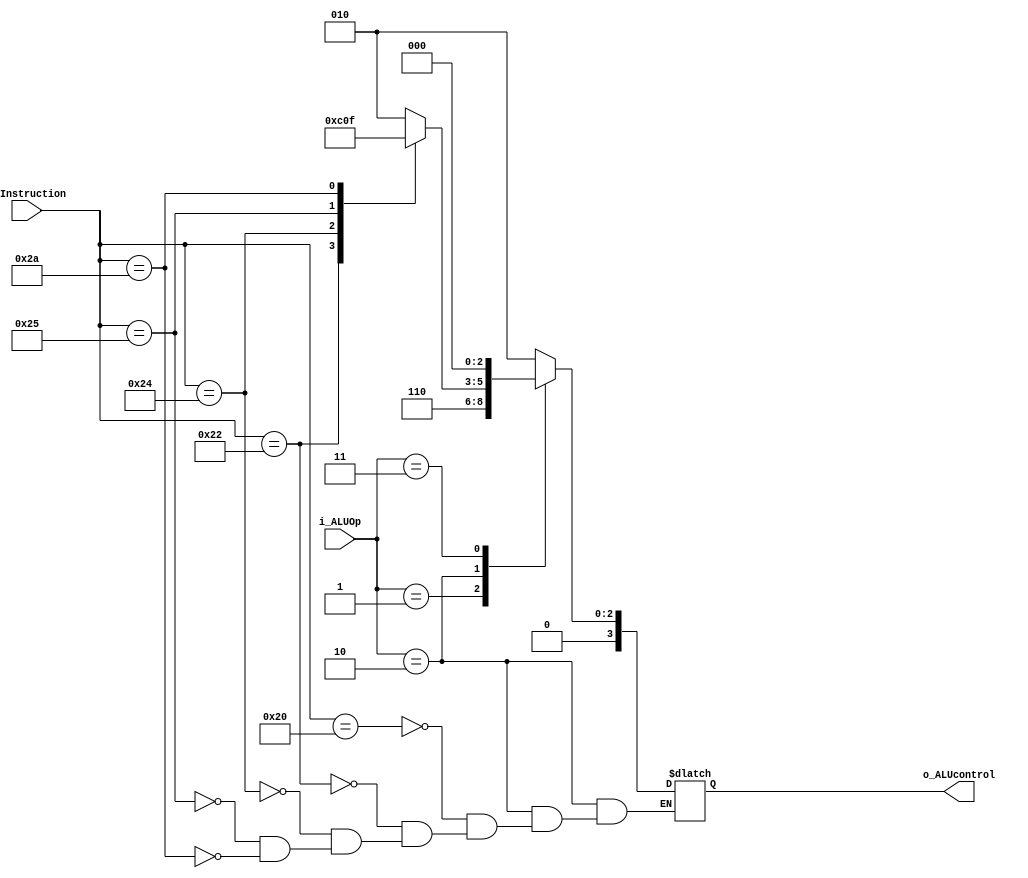
`timescale 1ns / 1ps
module ALUControl (
    input [1:0] i_ALUOp,
    input [5:0] i_Instruction,
    output reg [3:0] o_ALUcontrol
);
  always @(i_ALUOp, i_Instruction) begin
    case (i_ALUOp)
      2'b00:   o_ALUcontrol = 4'b0010;  // LW / SW | add
      2'b01:   o_ALUcontrol = 4'b0110;  // Branch equal | subtract
      2'b10: begin  // R-Type
        case (i_Instruction)
          6'b100000: begin  // add
            o_ALUcontrol = 4'b0010;
          end
          6'b100010: begin  // sub
            o_ALUcontrol = 4'b0110;
          end
          6'b100100: begin  // and
            o_ALUcontrol = 4'b0000;
          end
          6'b100101: begin  // or
            o_ALUcontrol = 4'b0001;
          end
          6'b101010: begin  // slt
            o_ALUcontrol = 4'b0111;
          end
          default: begin
          end
        endcase
      end
      2'b11:   o_ALUcontrol = 4'b0000;
      default: ;
    endcase
  end
endmodule